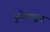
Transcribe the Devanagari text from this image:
पुढेचालून